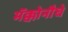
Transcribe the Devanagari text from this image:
मॅक्कोनौघे